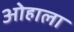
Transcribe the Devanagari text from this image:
ओहाला